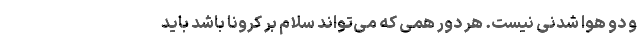
و دو هوا شدنی نیست. هر دور همی که می‌تواند سلام بر کرونا باشد باید